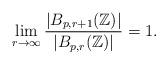
LaTeX: \begin{align*}\lim_{r \to \infty} \frac{|B_{p,r+1}(\mathbb{Z})|}{|B_{p,r}(\mathbb{Z})|} = 1.\end{align*}